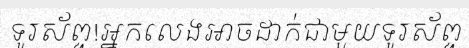
ទូរស័ព្ទ!អ្នកលេងអាចដាក់ជាមួយទូរស័ព្ទ